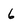
Character: 6